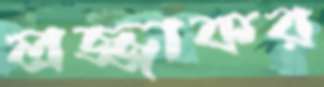
লজ্জাকর